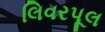
લિવરપૂલ